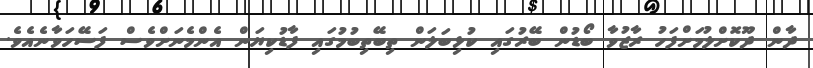
ދާން ދޫކޮށްލުމަށްފަހު ރާޒުވާ ބޯޑުން ބޭރުގައި ކުޅިބަލަން ތިބޭތިބުމުގައި ފާޑުކިޔަން އެންމެނަށްވެސް ފަސޭހަވާނެއެވެ.